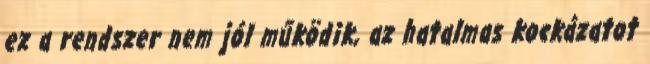
ez a rendszer nem jól működik, az hatalmas kockázatot